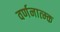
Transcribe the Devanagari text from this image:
वर्णनात्म्क